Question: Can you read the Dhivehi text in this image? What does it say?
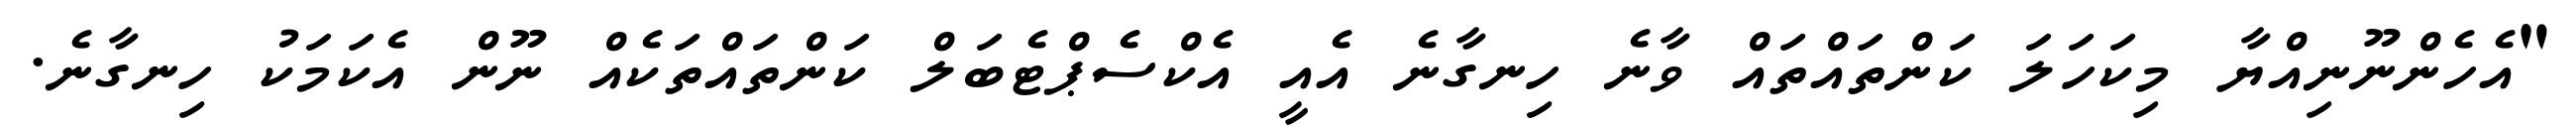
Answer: "އެހެންނޫނިއްޔާ މިކަހަލަ ކަންތައްތައް ވާނެ ހިނގާނެ އެއީ އެކްސެޕްޓެބަލް ކަންތައްތަކެއް ނޫން އެކަމަކު ހިނގާނެ.